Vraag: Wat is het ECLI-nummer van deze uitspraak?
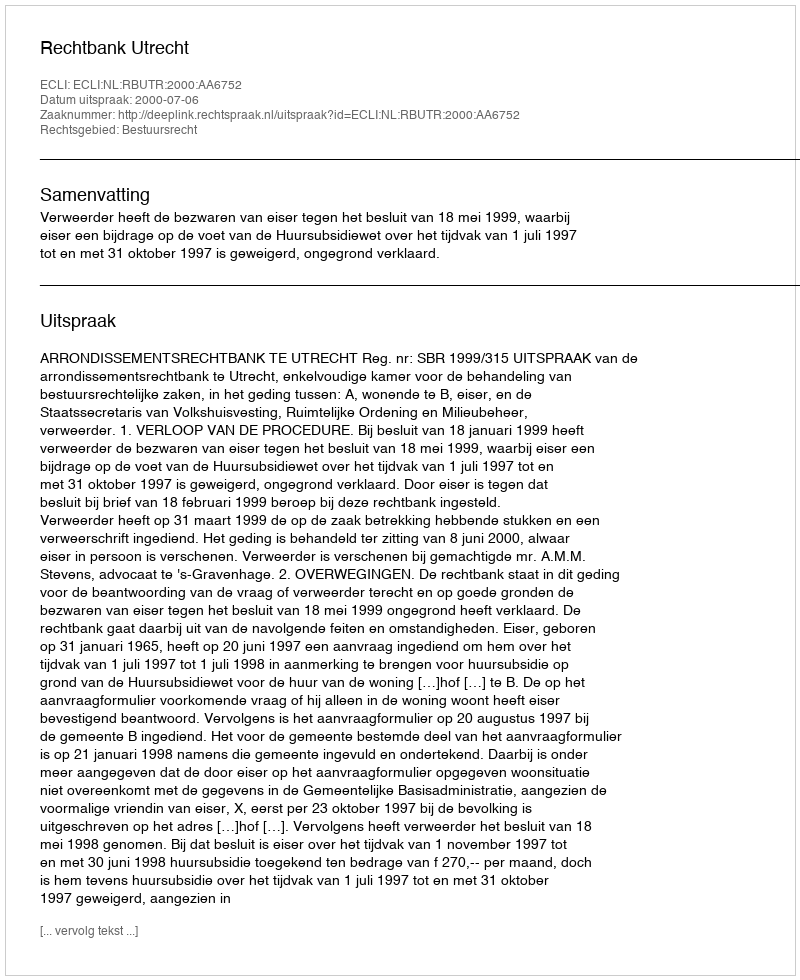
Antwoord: ECLI:NL:RBUTR:2000:AA6752